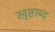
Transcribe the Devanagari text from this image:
खृष्टाब्द